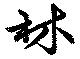
林